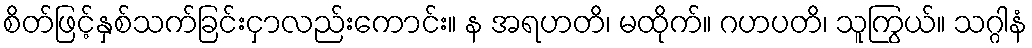
စိတ်ဖြင့်နှစ်သက်ခြင်းငှာလည်းကောင်း။ န အရဟတိ၊ မထိုက်။ ဂဟပတိ၊ သူကြွယ်။ သဂ္ဂါနံ